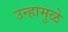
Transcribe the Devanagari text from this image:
उन्हामुळे